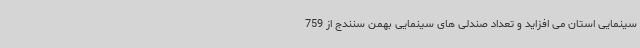
سینمایی استان می افزاید و تعداد صندلی های سینمایی بهمن سنندج از 759